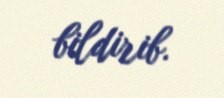
bildirib.